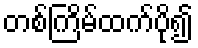
တစ်ကြိမ်ထက်ပို၍